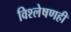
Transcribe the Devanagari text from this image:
विश्‍लेषणही